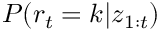
P ( r _ { t } = k | \boldsymbol { z } _ { 1 : t } )